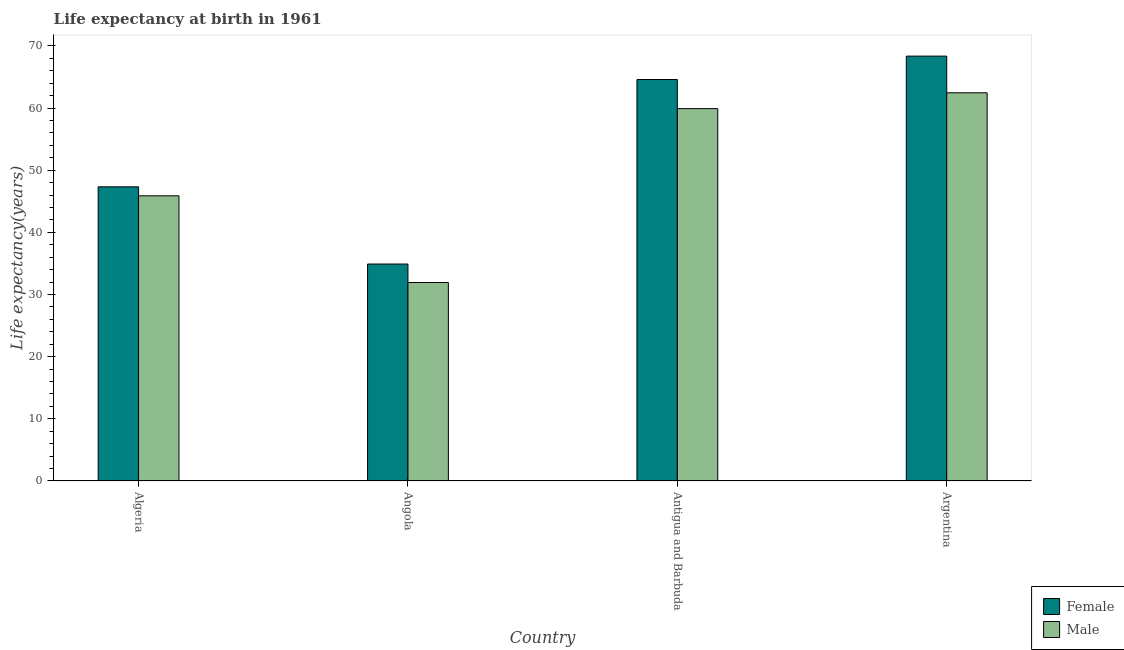
| Country | Female | Male |
 | --- | --- | --- |
 | Algeria | 47.3 | 45.9 |
 | Angola | 34.9 | 31.9 |
 | Antigua and Barbuda | 64.6 | 59.9 |
 | Argentina | 68.4 | 62.5 |